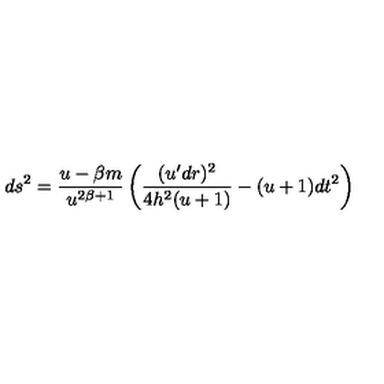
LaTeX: d s ^ { 2 } = \frac { u - \beta m } { u ^ { 2 \beta + 1 } } \left( \frac { ( u ^ { \prime } d r ) ^ { 2 } } { 4 h ^ { 2 } ( u + 1 ) } - ( u + 1 ) d t ^ { 2 } \right)